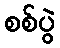
စစ်ပွဲ